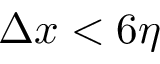
\Delta x < 6 \eta